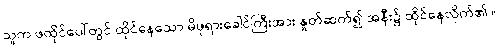
သူက ဖထိုင်ပေါ်တွင် ထိုင်နေသော မိဖုရားခေါင်ကြီးအား နှုတ်ဆက်၍ အနီး၌ ထိုင်နေလိုက်၏ ။